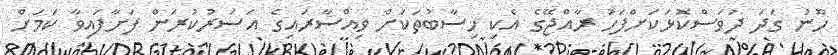
ހޫނު ގަދަ ދުވަސްކޮޅަކަށްފަހު ރާއްޖޭގެ އެކި ހިސާބުތަކަށް ވިއްސާރައިގެ އަސަރުކުރަން ފަށާފައިވާ ކަމަށް